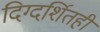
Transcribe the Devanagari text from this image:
दिग्दर्शितही